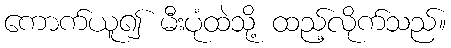
ကောက်ယူ၍ မီးပုံထဲသို့ ထည့်လိုက်သည်။